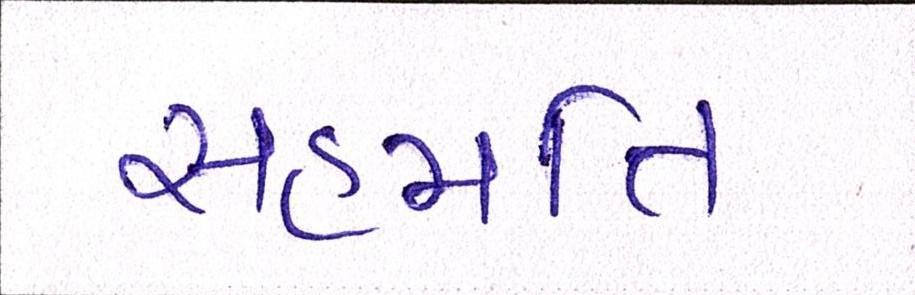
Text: સહમતિ